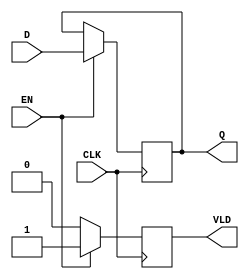
module PipelineBuffer (
    input wire [N-1:0] D,     // Data Input
    input wire CLK,           // Clock
    input wire EN,            // Enable
    output reg [N-1:0] Q,     // Data Output
    output reg VLD            // Valid Signal
);
    parameter N = 8;          // Parameter for data width (can be adjusted)

    always @(posedge CLK) begin
        if (EN) begin
            Q <= D;           // Latch the input data on the rising edge of the clock
            VLD <= 1'b1;      // Assert valid signal when new data is latched
        end else begin
            VLD <= 1'b0;      // Deassert valid signal if enable is low
        end
    end

endmodule